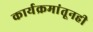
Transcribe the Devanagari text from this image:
कार्यक्रमांतूनही